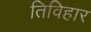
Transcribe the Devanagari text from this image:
तिविहार